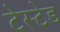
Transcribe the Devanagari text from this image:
टेस्टेड